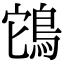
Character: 𮬲